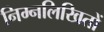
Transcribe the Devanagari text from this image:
निम्नलिखितों